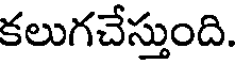
కలుగచేస్తుంది.